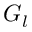
G _ { l }